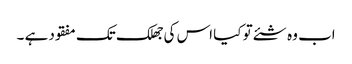
اب وہ شئے تو کیا اس کی جھلک تک مفقود ہے ۔